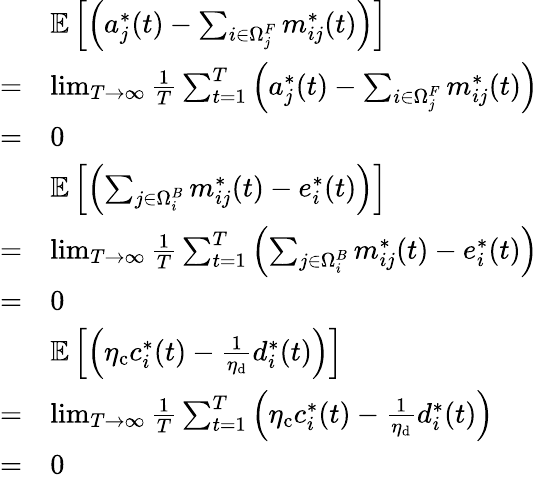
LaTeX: \begin{array}{rl}&{\mathbb{E}\left[\left(a_{j}^{*}(t)-\sum_{i\in\Omega_{j}^{F}}m_{ij}^{*}(t)\right)\right]}\\ {=}&{\operatorname*{lim}_{T\to\infty}\frac{1}{T}\sum_{t=1}^{T}\left(a_{j}^{*}(t)-\sum_{i\in\Omega_{j}^{F}}m_{ij}^{*}(t)\right)}\\ {=}&{0}\\ &{\mathbb{E}\left[\left(\sum_{j\in\Omega_{i}^{B}}m_{ij}^{*}(t)-e_{i}^{*}(t)\right)\right]}\\ {=}&{\operatorname*{lim}_{T\to\infty}\frac{1}{T}\sum_{t=1}^{T}\left(\sum_{j\in\Omega_{i}^{B}}m_{ij}^{*}(t)-e_{i}^{*}(t)\right)}\\ {=}&{0}\\ &{\mathbb{E}\left[\left(\eta_{\mathrm{c}}c_{i}^{*}(t)-\frac{1}{\eta_{\mathrm{d}}}d_{i}^{*}(t)\right)\right]}\\ {=}&{\operatorname*{lim}_{T\to\infty}\frac{1}{T}\sum_{t=1}^{T}\left(\eta_{\mathrm{c}}c_{i}^{*}(t)-\frac{1}{\eta_{\mathrm{d}}}d_{i}^{*}(t)\right)}\\ {=}&{0}\end{array}